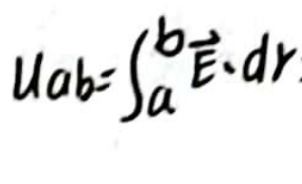
$u_{ab}=\int_{a}^{b} \vec{E} \cdot d\vec{r}$